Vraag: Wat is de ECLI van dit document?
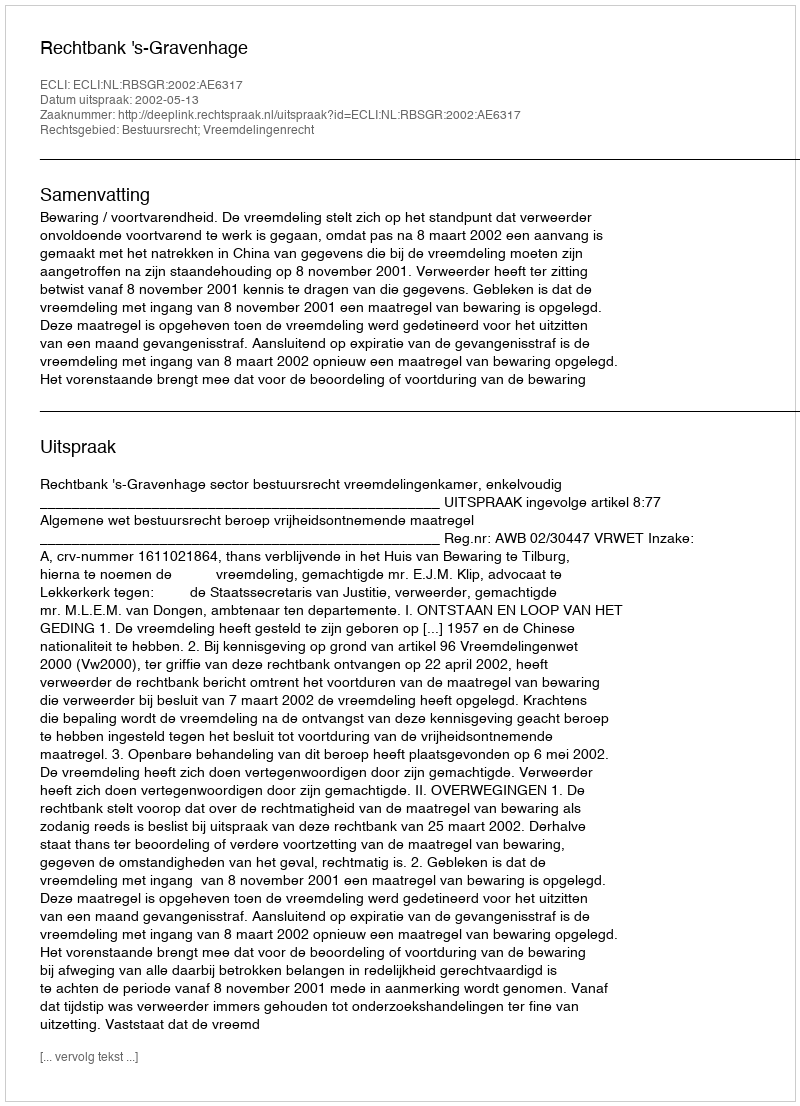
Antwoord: ECLI:NL:RBSGR:2002:AE6317